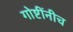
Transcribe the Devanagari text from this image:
गोष्टींनीच